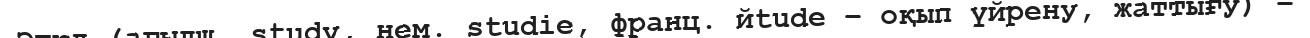
Этюд (ағылш. study, нем. studіe, франц. йtude – оқып үйрену, жаттығу) –